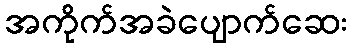
အကိုက်အခဲပျောက်ဆေး